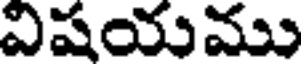
విషయము